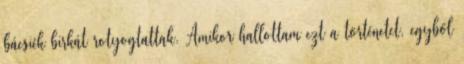
bácsiék birkát rotyogtattak. Amikor hallottam ezt a történetet, egyből